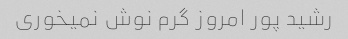
رشید پور امروز گرم نوش نمیخوری